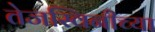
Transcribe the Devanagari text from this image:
तेजस्विनीच्या